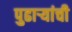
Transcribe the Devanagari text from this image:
पुढाऱ्यांची